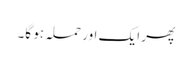
پھر ایک اور حملہ ہو گا۔